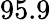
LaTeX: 95.9